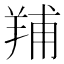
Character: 𦎎